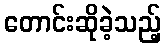
တောင်းဆိုခဲ့သည့်